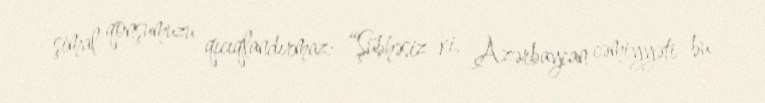
şimal qonşumuzu qıcıqlandırmaz: “Şübhəsiz ki, Azərbaycan cəmiyyəti bu